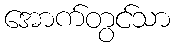
အောက်တွင်သာ